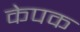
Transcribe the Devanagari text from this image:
केपक